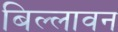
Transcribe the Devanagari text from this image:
बिल्लावन